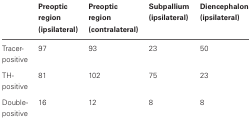
<table><thead><tr><td></td><td><b>Preoptic region (ipsilateral)</b></td><td><b>Preoptic region (contralateral)</b></td><td><b>Subpallium (ipsilateral)</b></td><td><b>Diencephalon (ipsilateral)</b></td></tr></thead><tbody><tr><td>Tracer-positive</td><td>97</td><td>93</td><td>23</td><td>50</td></tr><tr><td>TH-positive</td><td>81</td><td>102</td><td>75</td><td>23</td></tr><tr><td>Double-positive</td><td>16</td><td>12</td><td>8</td><td>8</td></tr></tbody></table>